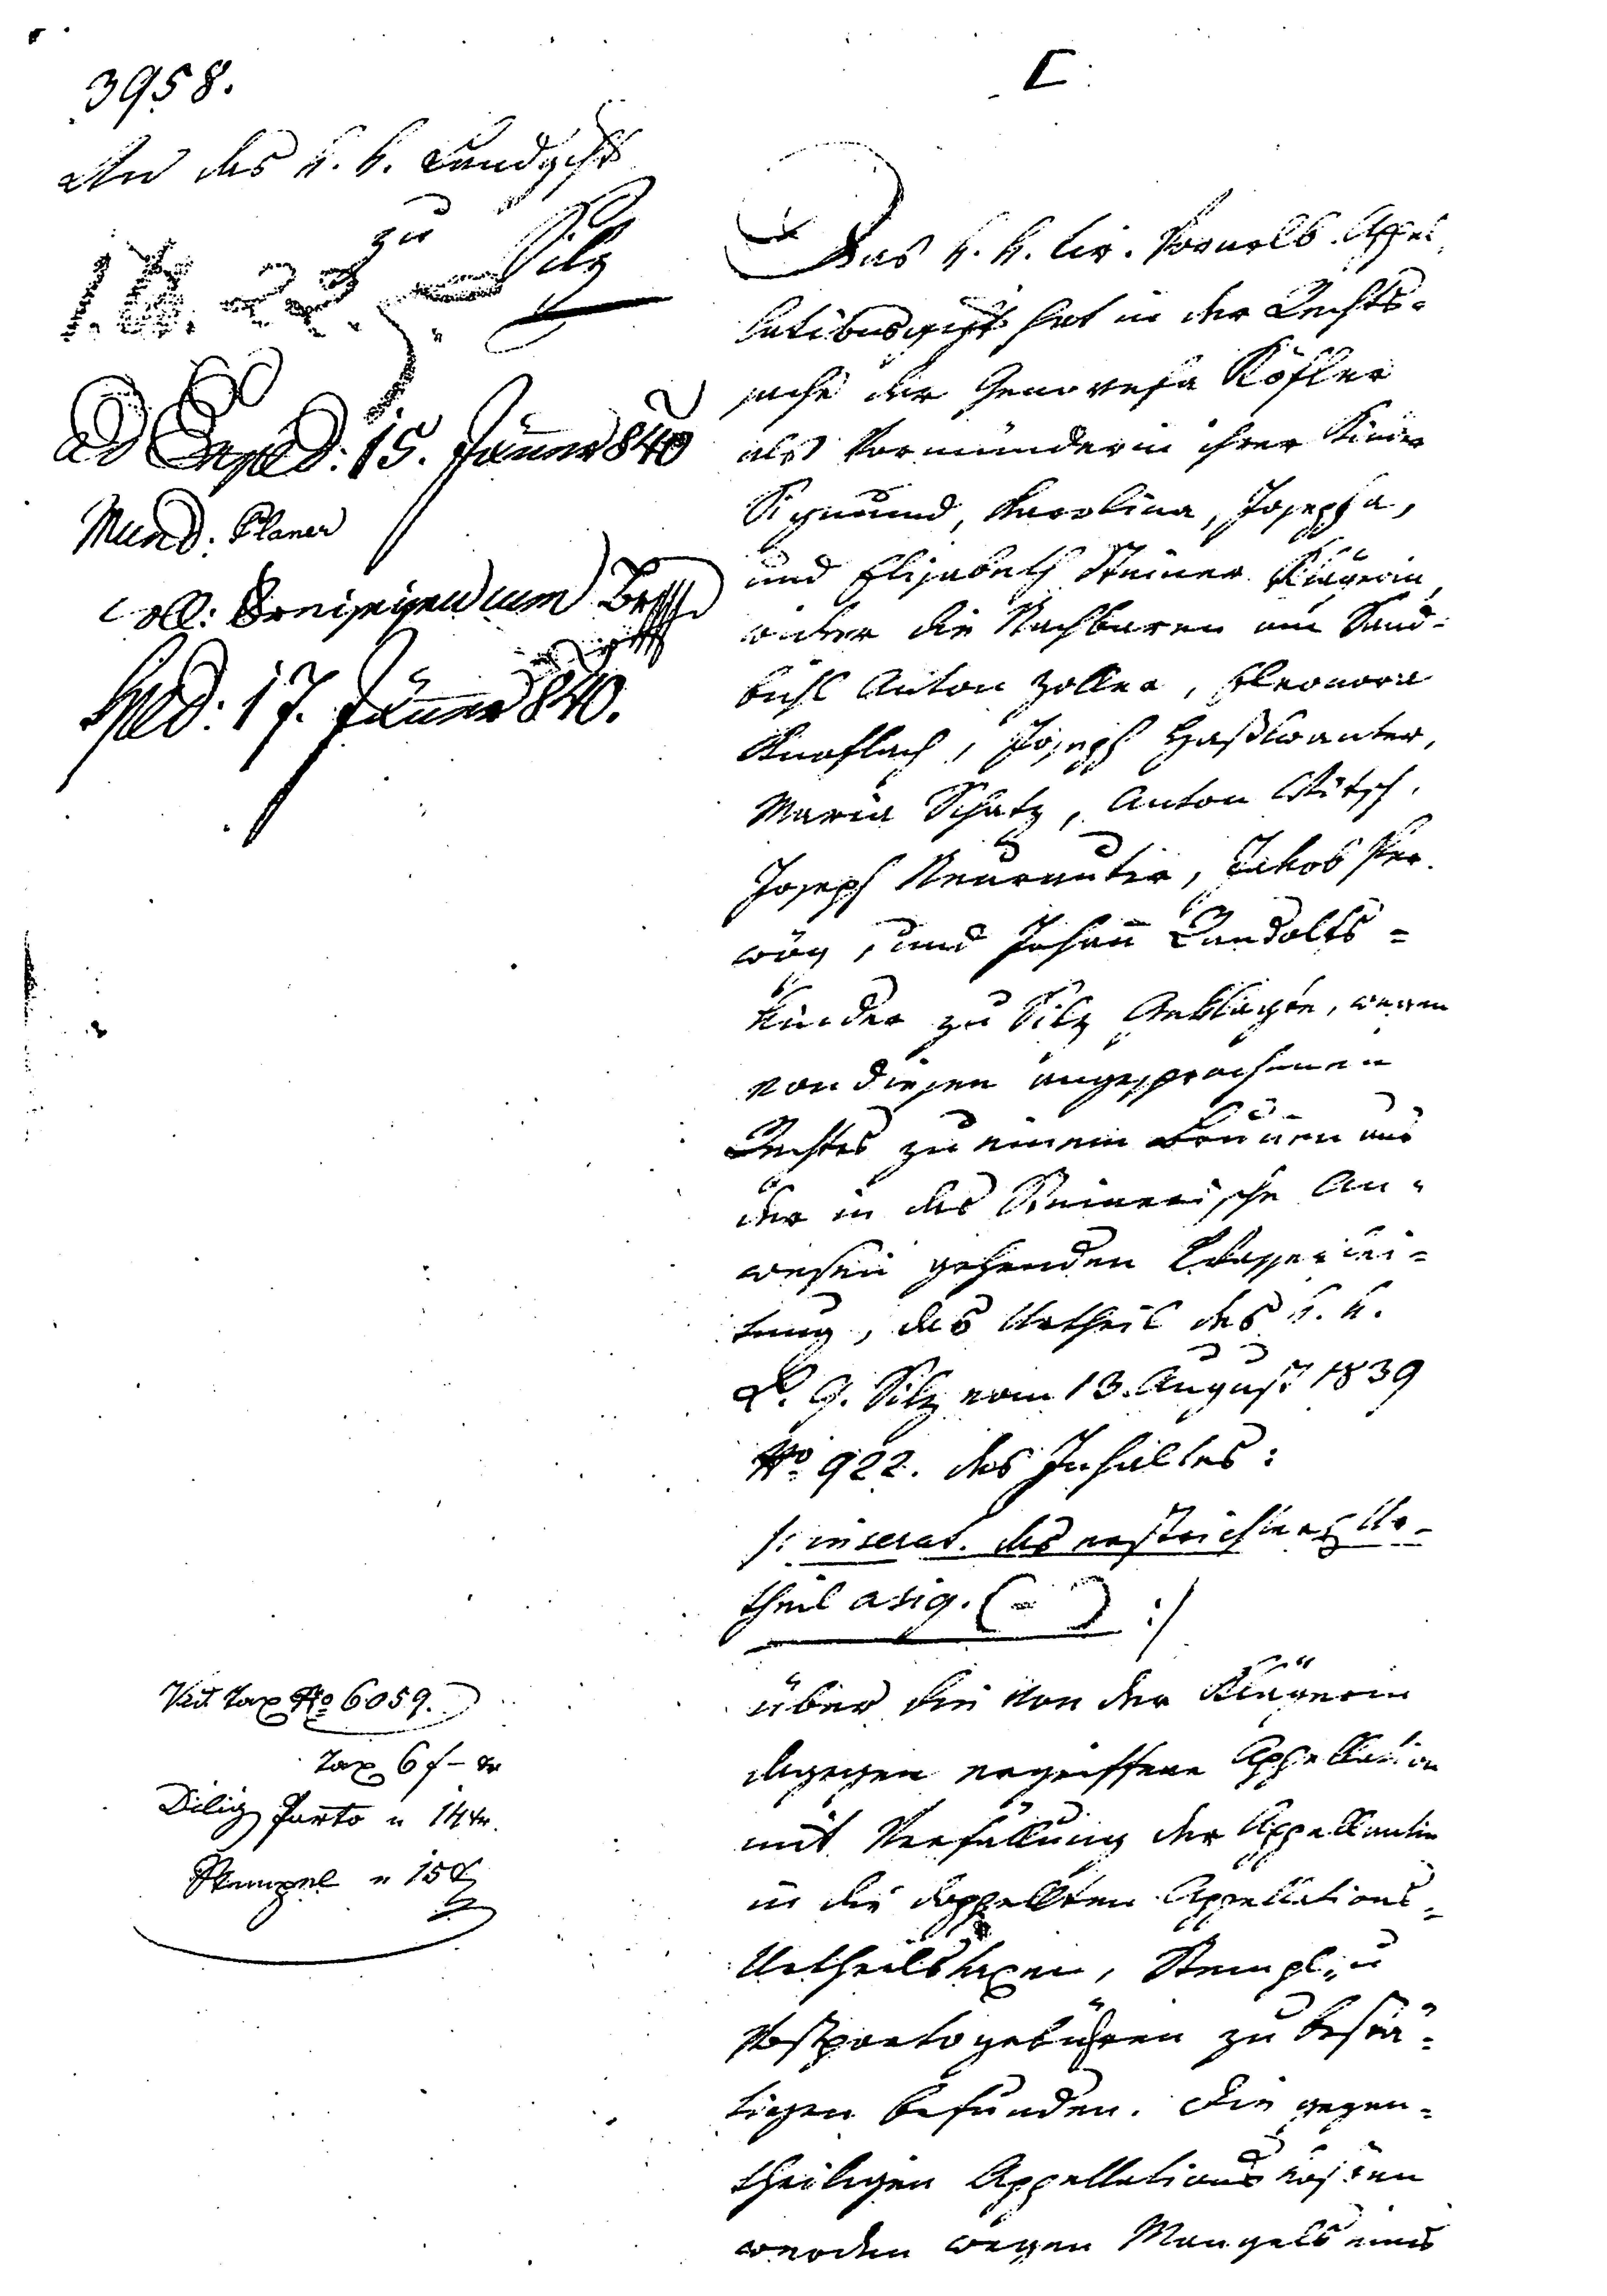
C
Das k.k. tir: vornelb. Appel¬
lationsgericht hat in der Rechts¬
sache der Genovefa Köfler
als Vormunderin ihrer Kinder
Sigmund, Karolina, Josepha,
und Elisabeth Steiner Klägerin
wider die Nachbarn am Sand¬
bichl Anton Zoller, Eleonora
Knoflach, Joseph Haßlwanter,
Maria Schatz, Anton Witsch,
Joseph Neurauter, Jakob Per¬
wög, und Johann Randolfs-
Kinder zu Silz Geklagte, xxx
von diesen angesprochenen
Rechtes zu einem Brunnen und
der in das Steinerische An¬
wesen gehenden Wasserlei¬
tung, das Urtheil des k.k.
L.G. Silz vom 13. August 1839
No. 922, des Inhaltes:
I: inserat. des erstrichters Ur¬
theil atig. (-) :/
über die von der Klägerin
dagegen ergriffene Appellation
mit Verfüllung der Appellantin
in die doppellten Appellations¬
Urtheils seyen, Stempl- u
Postporto gebühren zu bestä¬
tigen befunden. Die gegen¬
theiligen Appellations Kosten
werden wegen Mangels eines

3958.
An das k.k. Landgericht
zu Silz
1. A 22. 5.
ad Expl. 15. Jannuar 840
Mund: Planer
coll: ...reisripendum Brsss
Lpld: 17. Jänner 840

Vid. Tax № 6059
Tax 6 f - kr
Dilig Porto " 14 kr
Stempel " 15 kr